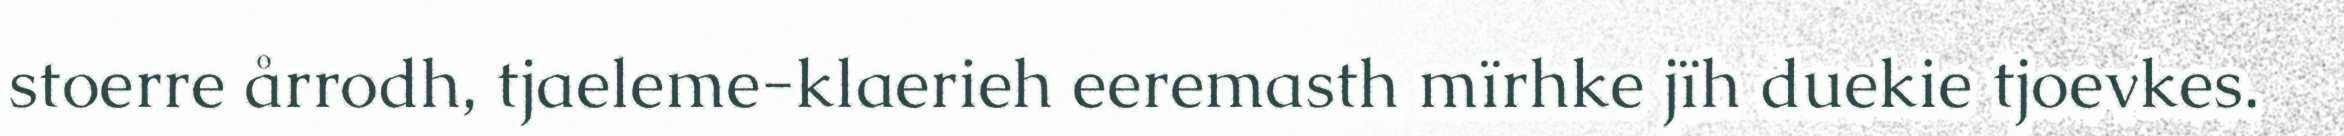
stoerre årrodh, tjaeleme-klaerieh eeremasth mïrhke jïh duekie tjoevkes.